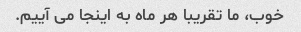
خوب، ما تقریبا هر ماه به اینجا می آییم.